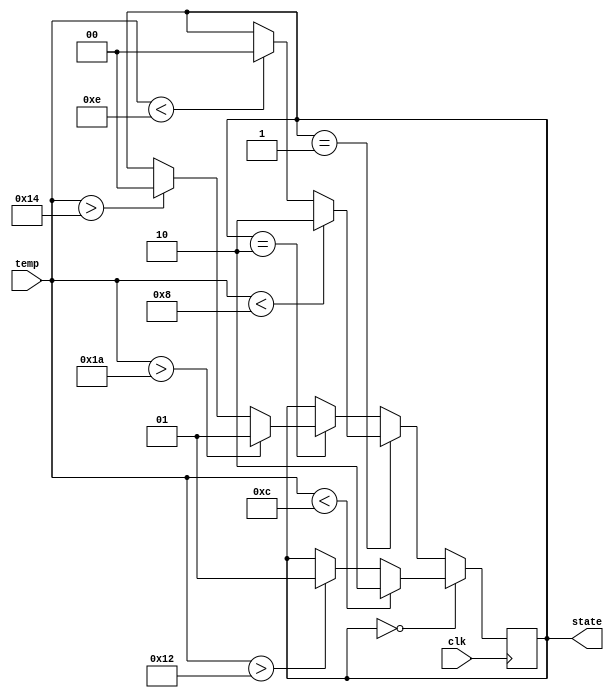
`timescale 1ms/1ms
module heat_fsm(input wire [4:0] temp, input clk, output reg [1:0] state);

    //reg [1:0] state;

    initial begin
        state = 2'b00;
        //out = 2'b00;
    end

    always @(posedge clk)
    begin
        if (state==2'b00)
        begin
            if (temp<12) begin
            //heat
            state = 2'b10;
            end else if (temp>18) begin
            //cool
            state = 2'b01;  
            end
        end
        else if (state==2'b01)
        begin
            if (temp<8) begin
            //heat
            state = 2'b10;
            end else if (temp<14) begin
            //neutral 
            state = 2'b00; 
            end
        end
        else if (state==2'b10)
        begin
            if (temp>26) begin
            //cool
            state = 2'b01;
            end else if (temp>20) begin
            //neutral
            state = 2'b00;
            end
        end

        //out = state;
    end

endmodule

module tb;

    reg [4:0] temp_level;
    reg clk;
    wire [1:0] out;

    always begin
        #5
        clk = ~clk;
    end

    heat_fsm thermos(temp_level, clk, out);

    always @(negedge clk) begin
        $display("temperature = %d, state = %b", temp_level, out);
    end

    initial begin
        clk = 0;
        temp_level = 16;

        $dumpfile("heat_fsm.vcd");
        $dumpvars(0, tb);
        
        #10;
        temp_level = 10;
        #10;
        temp_level = 15 ;
        #10;
        temp_level = 20;
        #10;
        temp_level = 30;
        #10;
        temp_level = 25;
        #10;
        temp_level = 20;
        #10;
        temp_level = 9;
        #10;
        temp_level = 5;
        #10;
        temp_level = 14;
        #10;
        $finish;
    end

endmodule